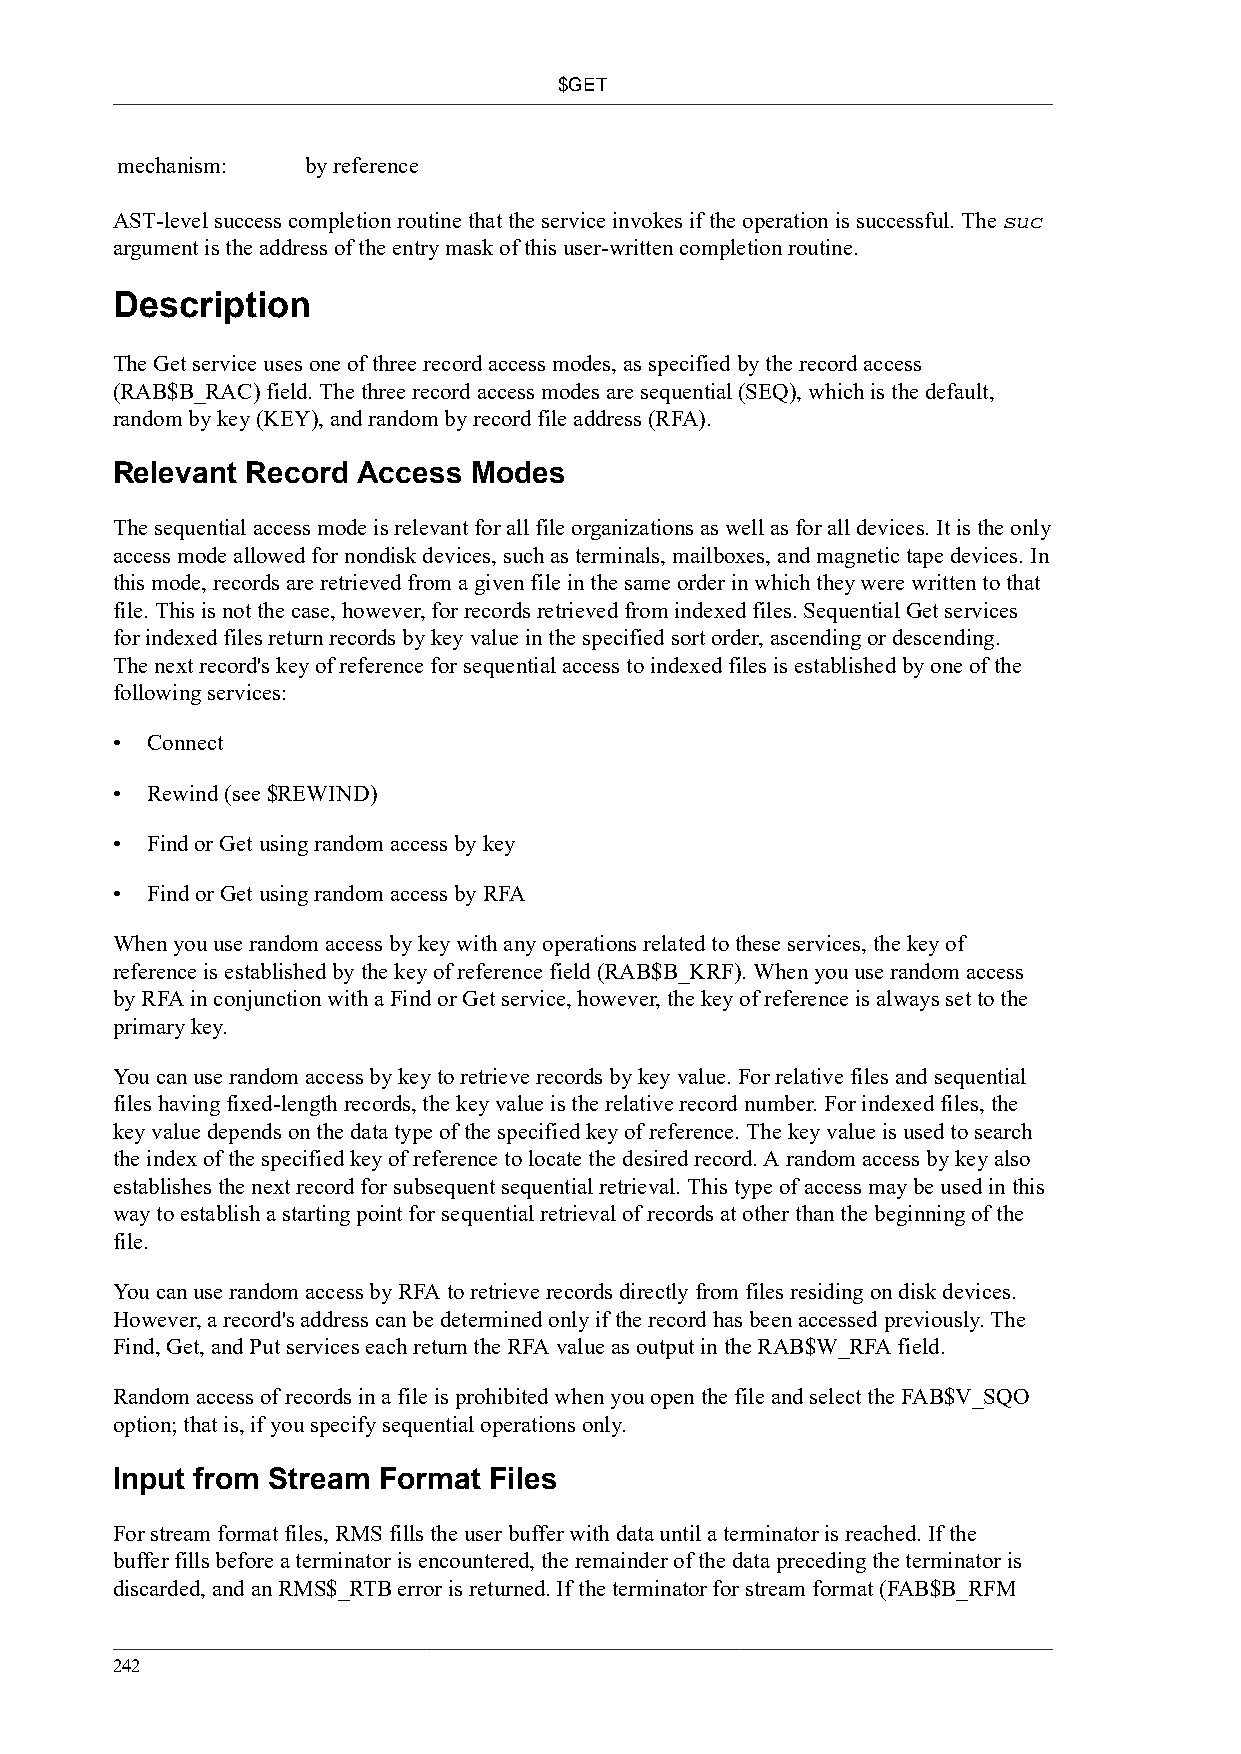
$GET
 mechanism:  by reference
 AST-level success completion routine that the service invokes if the operation is successful. The suc
 argument is the address of the entry mask of this user-written completion routine.
 Description
 The Get service uses one of three record access modes, as specified by the record access
 (RAB$B_RAC) field. The three record access modes are sequential (SEQ), which is the default,
 random by key (KEY), and random by record file address (RFA).
 Relevant Record  Access Modes
 The sequential access mode is relevant for all file organizations as well as for all devices. It is the only
 access mode allowed for nondisk devices, such as terminals, mailboxes, and magnetic tape devices. In
 this mode, records are retrieved from a given file in the same order in which they were written to that
 file. This is not the case, however, for records retrieved from indexed files. Sequential Get services
 for indexed files return records by key value in the specified sort order, ascending or descending.
 The next record's key of reference for sequential access to indexed files is established by one of the
 following services:
 •  Connect
 •  Rewind (see $REWIND)
 •  Find or Get using random access by key
 •  Find or Get using random access by RFA
 When you use random access by key with any operations related to these services, the key of
 reference is established by the key of reference field (RAB$B_KRF). When you use random access
 by RFA in conjunction with a Find or Get service, however, the key of reference is always set to the
 primary key.
 You can use random access by key to retrieve records by key value. For relative files and sequential
 files having fixed-length records, the key value is the relative record number. For indexed files, the
 key value depends on the data type of the specified key of reference. The key value is used to search
 the index of the specified key of reference to locate the desired record. A random access by key also
 establishes the next record for subsequent sequential retrieval. This type of access may be used in this
 way to establish a starting point for sequential retrieval of records at other than the beginning of the
 file.
 You can use random access by RFA to retrieve records directly from files residing on disk devices.
 However, a record's address can be determined only if the record has been accessed previously. The
 Find, Get, and Put services each return the RFA value as output in the RAB$W_RFA field.
 Random access of records in a file is prohibited when you open the file and select the FAB$V_SQO
 option; that is, if you specify sequential operations only.
 Input from Stream Format Files
 For stream format files, RMS fills the user buffer with data until a terminator is reached. If the
 buffer fills before a terminator is encountered, the remainder of the data preceding the terminator is
 discarded, and an RMS$_RTB error is returned. If the terminator for stream format (FAB$B_RFM
 242